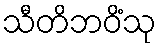
သီတိဘဝိံသု